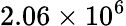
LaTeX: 2.06\times 10^{6}